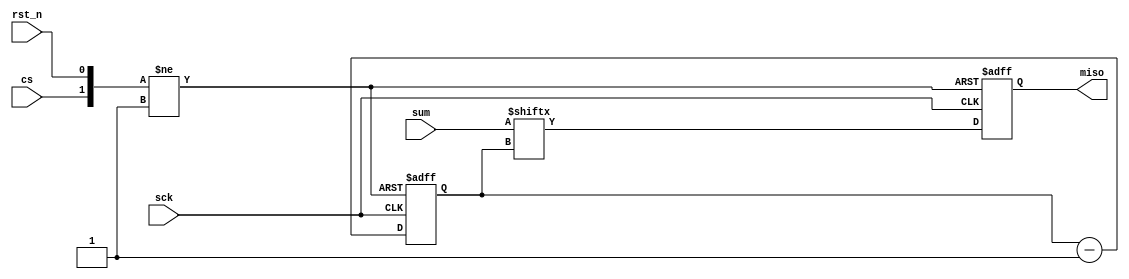
module SpiSlave(rst_n, sum, sck, cs, miso);
input rst_n, sck, cs;
input [31:0] sum;
output reg miso;
reg [4:0] i;
always @(negedge rst_n or posedge cs or negedge sck)
begin
	if (~rst_n)
	begin
		miso <= 1'b0;
		i <= 5'b11111;
	end
	else if (cs)
	begin
		miso <= 1'b0;
		i <= 5'b11111;
	end
	else 
	begin
		miso <= sum[i];
		i <= i - 5'b1;
	end
end
endmodule